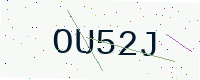
Text: OU52J